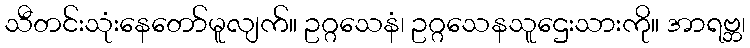
သီတင်းသုံးနေတော်မူလျက်။ ဥဂ္ဂသေနံ၊ ဥဂ္ဂသေနသူဌေးသားကို။ အာရဗ္ဘ၊